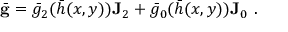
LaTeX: \bar { \mathbf { g } } = \bar { g } _ { 2 } ( \bar { h } ( x , y ) ) \mathbf { J } _ { 2 } + \bar { g } _ { 0 } ( \bar { h } ( x , y ) ) \mathbf { J } _ { 0 } ~ .